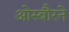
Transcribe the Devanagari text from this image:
ओस्बौरने